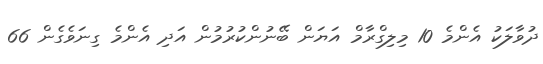
ދުވާލަކު އެންމެ 10 މިލިގްރާމް އަޔަން ބޭނުންކުރުމުން އަދި އެންމެ ގިނަވެގެން 66